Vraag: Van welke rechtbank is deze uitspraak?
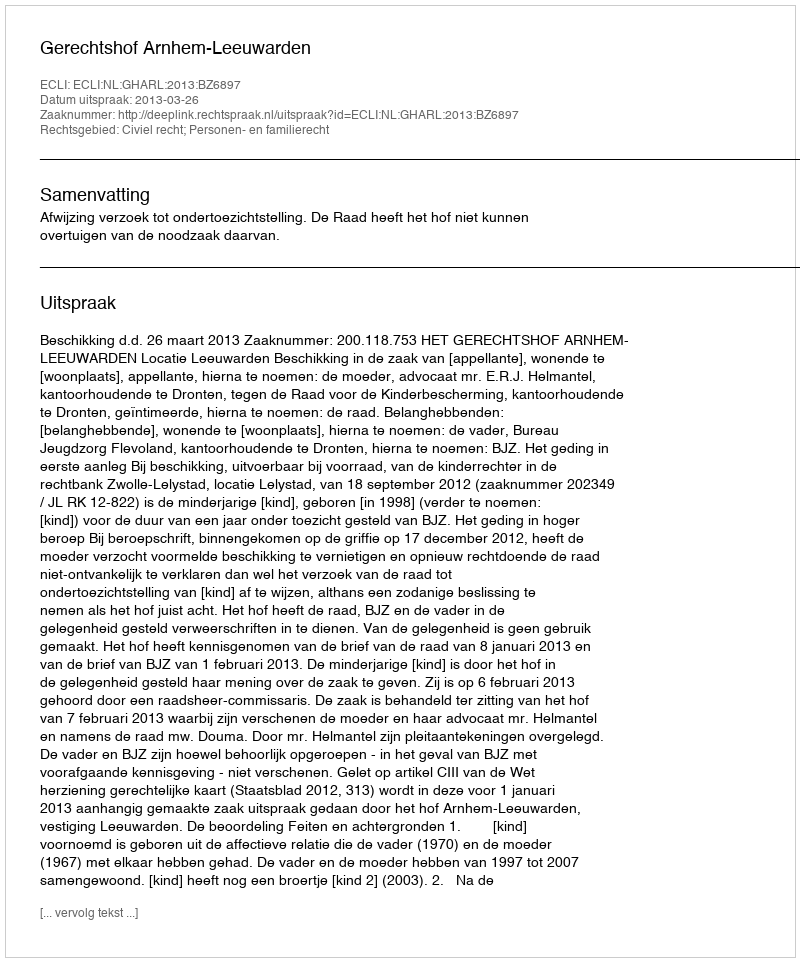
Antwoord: Gerechtshof Arnhem-Leeuwarden